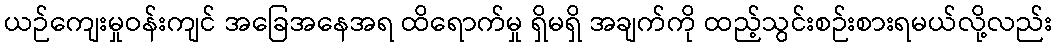
ယဉ်ကျေးမှုဝန်းကျင် အခြေအနေအရ ထိရောက်မှု ရှိမရှိ အချက်ကို ထည့်သွင်းစဉ်းစားရမယ်လို့လည်း